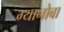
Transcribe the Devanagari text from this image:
ग्यानोबा